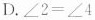
D.$$∠ 2 = ∠ 4$$